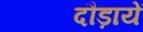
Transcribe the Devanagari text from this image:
दौड़ायें